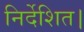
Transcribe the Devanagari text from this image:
निर्देशित।